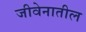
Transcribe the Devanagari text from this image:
जीवेनातील